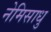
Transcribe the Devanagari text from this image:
नेमिसाधु